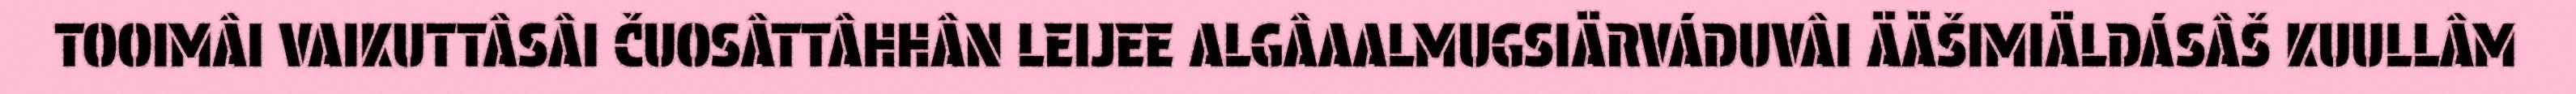
TOOIMÂI VAIKUTTÂSÂI ČUOSÂTTÂHHÂN LEIJEE ALGÂAALMUGSIÄRVÁDUVÂI ÄÄŠIMIÄLDÁSÂŠ KUULLÂM